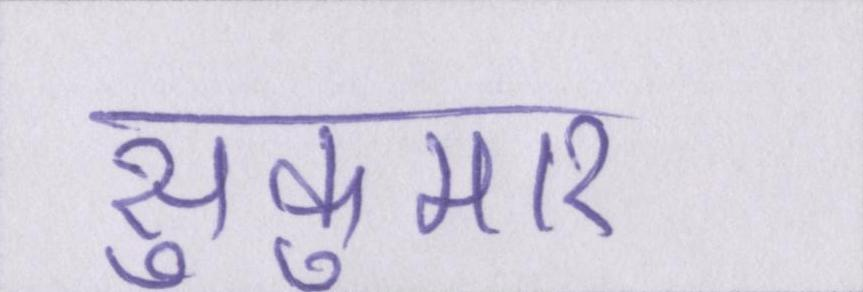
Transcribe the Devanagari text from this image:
सुकुमार